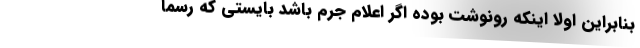
بنابراین اولاً اینکه رونوشت بوده اگر اعلام جرم باشد بایستی که رسماً